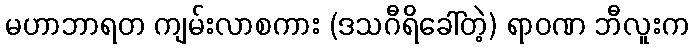
မဟာဘာရတ ကျမ်းလာစကား (ဒသဂီရိခေါ်တဲ့) ရာဝဏ ဘီလူးက